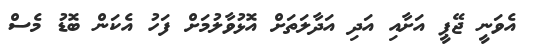
އެވަނީ ޖޭޕީ އަށާއި އަދި އަދާލަތަށް އޮޅުވާލުމަށް ފަހު އެކަން ބޮޑު މެސް